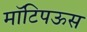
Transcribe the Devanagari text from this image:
मॉटिपऊस